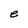
Character: e